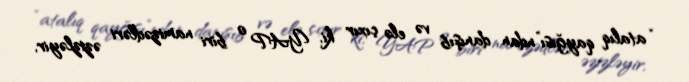
“atalıq qayğısı”ndan danışıb və elə çıxır ki, YAP o biri namizədləri əzizləyir,